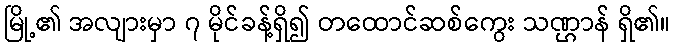
မြို့၏ အလျားမှာ ၇ မိုင်ခန့်ရှိ၍ တထောင်ဆစ်ကွေး သဏ္ဌာန် ရှိ၏။